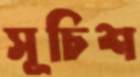
সূচিশ